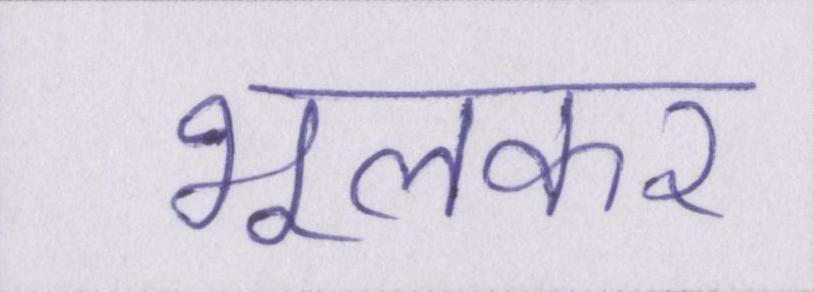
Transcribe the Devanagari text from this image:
भूलकर